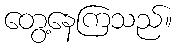
တွေ့နေကြသည်။